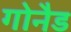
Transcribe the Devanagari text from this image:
गोनैड